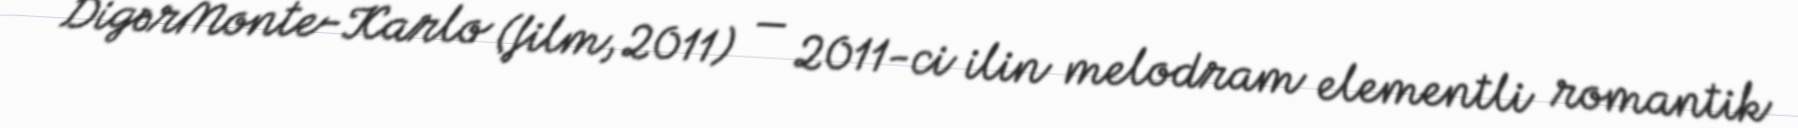
DigərMonte-Karlo (film, 2011) — 2011-ci ilin melodram elementli romantik